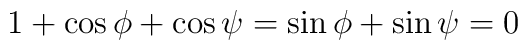
1+\cos\phi+\cos\psi=\sin\phi+\sin\psi=0